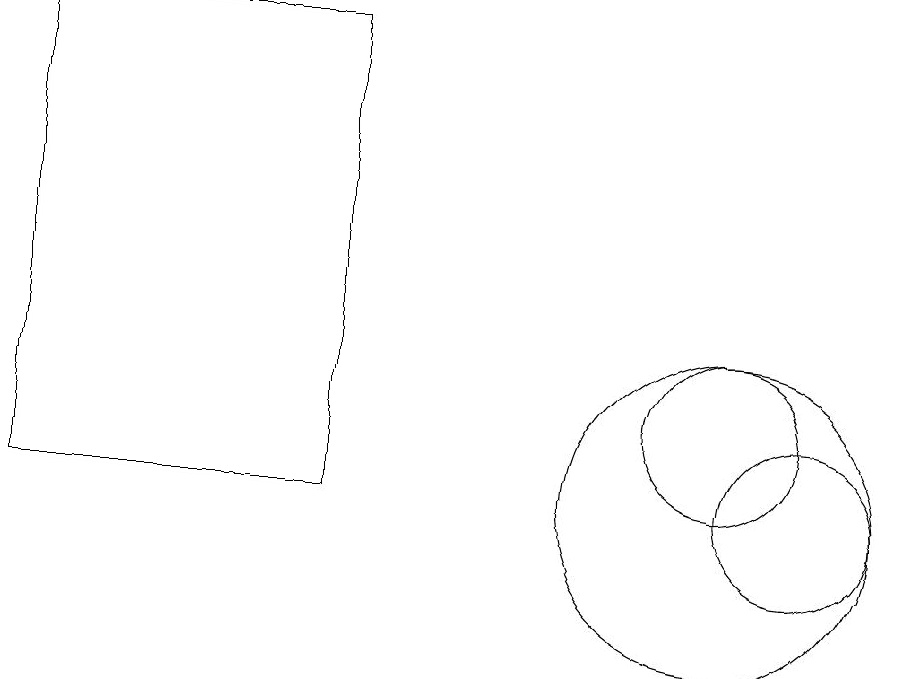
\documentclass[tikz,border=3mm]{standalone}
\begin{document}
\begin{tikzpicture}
\draw (10,10) circle (2);
\draw (5,16) rectangle (1,10);
\draw (11,10) circle (1);
\draw (10,11) circle (1);
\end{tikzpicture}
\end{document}